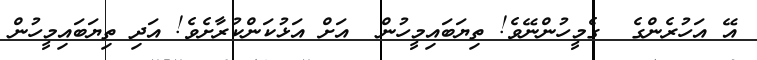
އޭ އަހުރެންގެ  ގެމީހުންނޭވެ! ތިޔަބައިމީހުން  އަށް އަޅުކަންކުރާށެވެ! އަދި ތިޔަބައިމީހުން